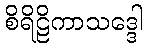
စိရိဠိကာသဒ္ဒေါ